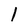
Character: 1